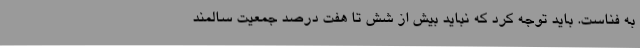
به فناست. باید توجه کرد که نباید بیش از شش تا هفت درصد جمعیت سالمند